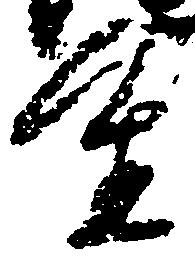
進